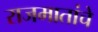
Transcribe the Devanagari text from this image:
राजमातांचे